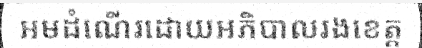
អមដំណើរដោយអភិបាលរងខេត្ត